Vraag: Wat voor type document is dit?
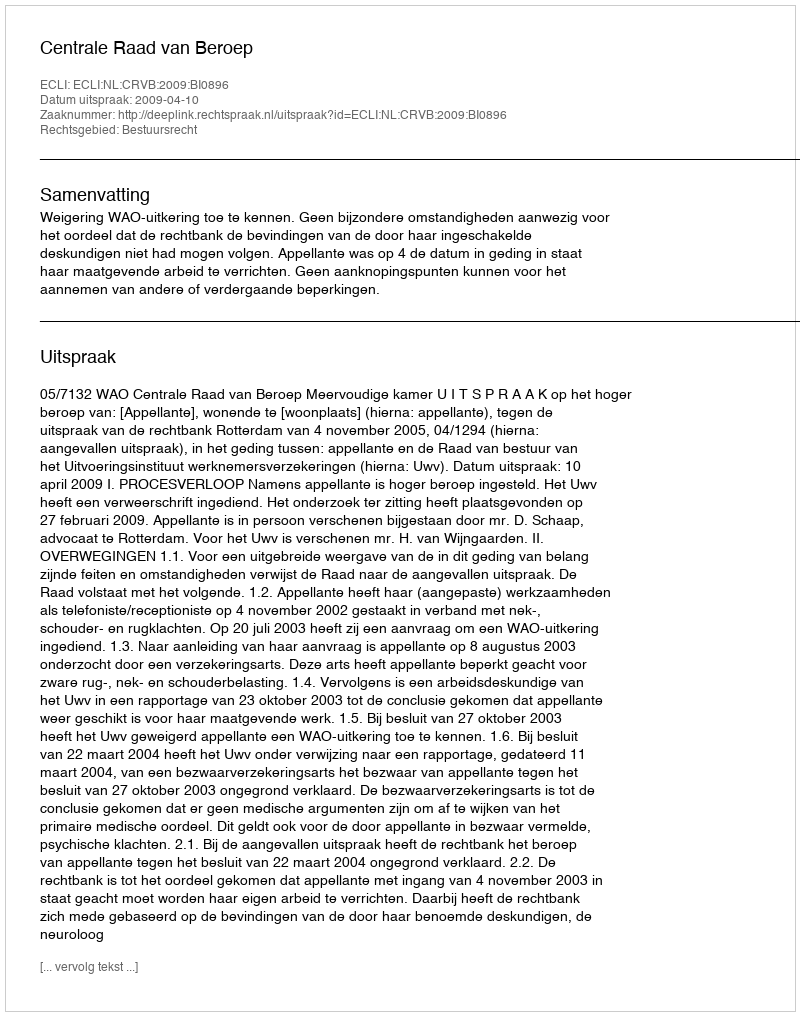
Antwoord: Uitspraak